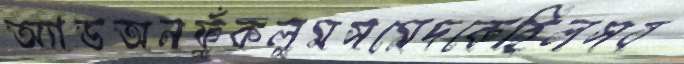
অ্যাডঅনফুঁকলুমসমেদকেহিলসব